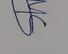
Signature authenticity: genuine